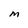
Character: M